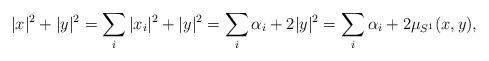
LaTeX: \begin{align*} |x|^2 + |y|^2 = \sum_i |x_i|^2 + |y|^2 = \sum_i \alpha_i + 2|y|^2 = \sum_i \alpha_i + 2\mu_{S^1}(x,y),\end{align*}